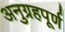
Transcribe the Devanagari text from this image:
अनुग्रहपूर्ण